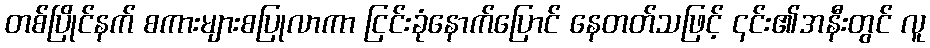
တစ်ပြိုင်နက် စကားများစပြုလာကာ ငြင်းခုံနောက်ပြောင် နေတတ်သဖြင့် ၎င်း၏အနီးတွင် လူ